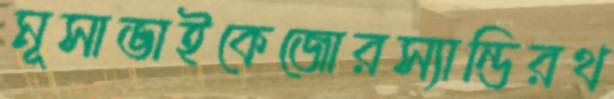
মূসাভাইকেজোরস্যান্ডিরথ